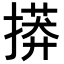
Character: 𢳠